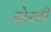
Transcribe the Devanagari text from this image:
दोरही